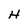
Character: H